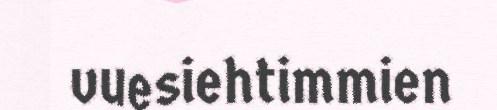
vuesiehtimmien